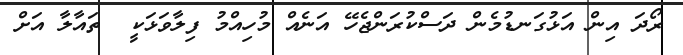
ރޯދަ އިން އަޅުގަނޑުމެން ދަސްކުރަންޖެހޭ އަނެއް މުހިއްމު ފިލާވަޅަކީ  ތައާލާ އަށް